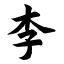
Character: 李